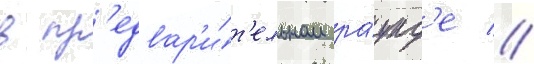
в пр'едвар'и́т'ельном ра́унд'е //